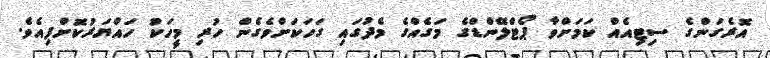
އޮރެގަންގެ ސިޓިއެއް ކަމަށްވާ ޕޯޓްލޭންޑްގެ މަގެއްގެ މެދުގައި ގަހަކަށްވެގެން ހުރި މީހަކު ހައްޔަރުކޮށްފިއެވެ.